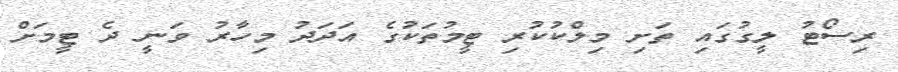
ރިސޯޓު ލީގުގައި ތަށި މިލްކުކުރި ޓީމުތަކުގެ އަދަދު މިހާރު ވަނީ ދެ ޓީމަށް